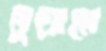
তুয়ালে